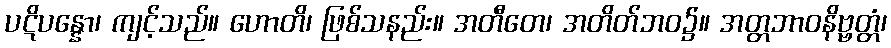
ပဋိပန္နော၊ ကျင့်သည်။ ဟောတိ၊ ဖြစ်သနည်း။ အတီတေ၊ အတိတ်ဘဝ၌။ အတ္တဘာဝနိဗ္ဗတ္တံ၊